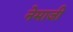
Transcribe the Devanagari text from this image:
नेमाजी